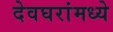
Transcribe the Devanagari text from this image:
देवघरांमध्ये